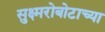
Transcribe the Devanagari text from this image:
सुक्ष्मरोबोटाच्या